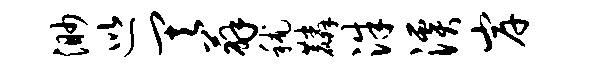
渺巡其薜秫麟洙溪岸